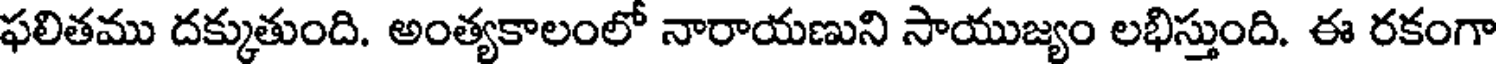
ఫలితము దక్కుతుంది. అంత్యకాలంలో నారాయణుని సాయుజ్యం లభిస్తుంది. ఈ రకంగా